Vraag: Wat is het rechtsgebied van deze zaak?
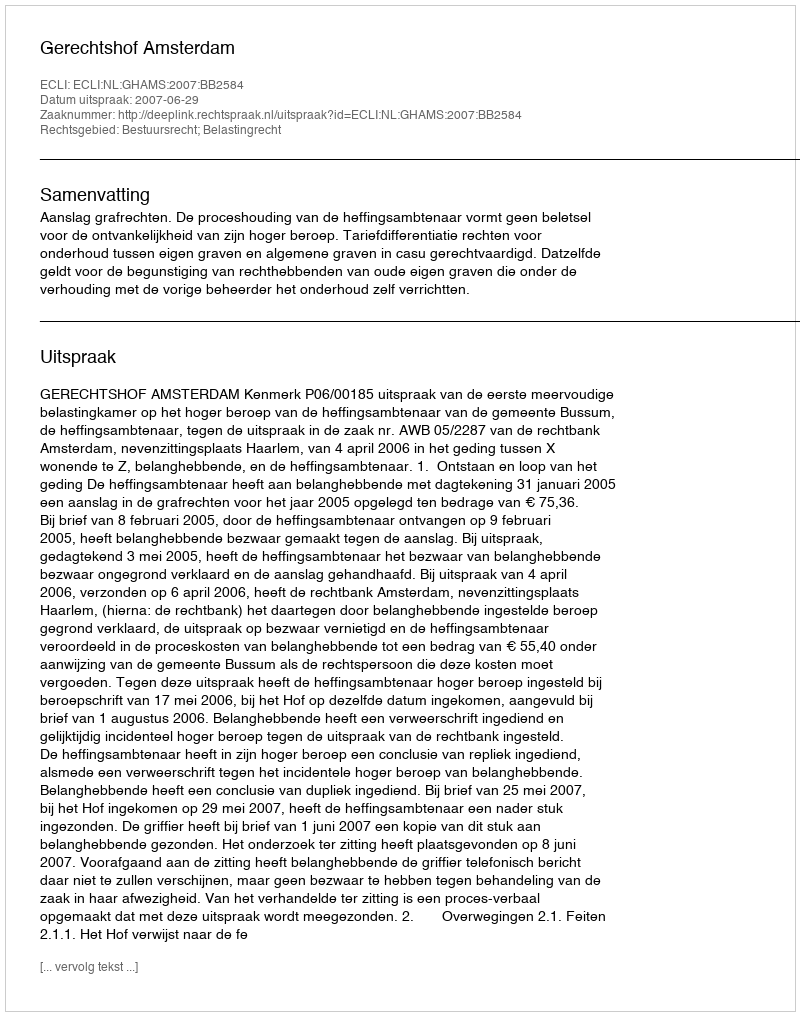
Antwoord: Bestuursrecht; Belastingrecht